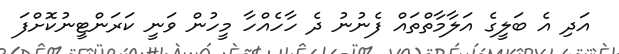
އަދި އެ ބަލީގެ އަލާމާތްތައް ފެނުނު ދެ ހާހެއްހާ މީހުން ވަނީ ކަރަންޓީނުކޮށްފަ